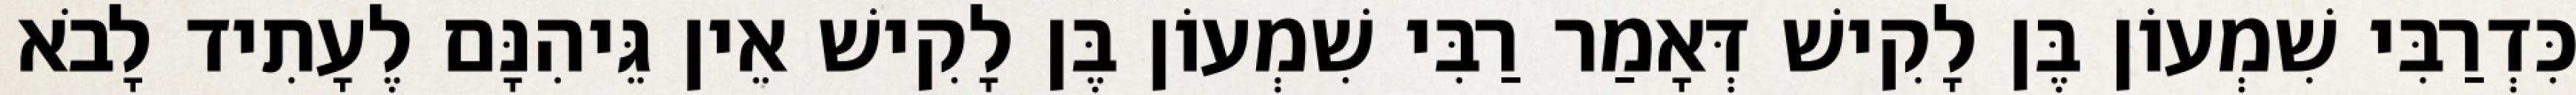
כִּדְרַבִּי שִׁמְעוֹן בֶּן לָקִישׁ דְּאָמַר רַבִּי שִׁמְעוֹן בֶּן לָקִישׁ אֵין גֵּיהִנָּם לֶעָתִיד לָבֹא